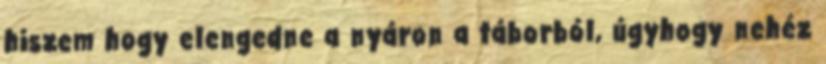
hiszem hogy elengedne a nyáron a táborból, úgyhogy nehéz